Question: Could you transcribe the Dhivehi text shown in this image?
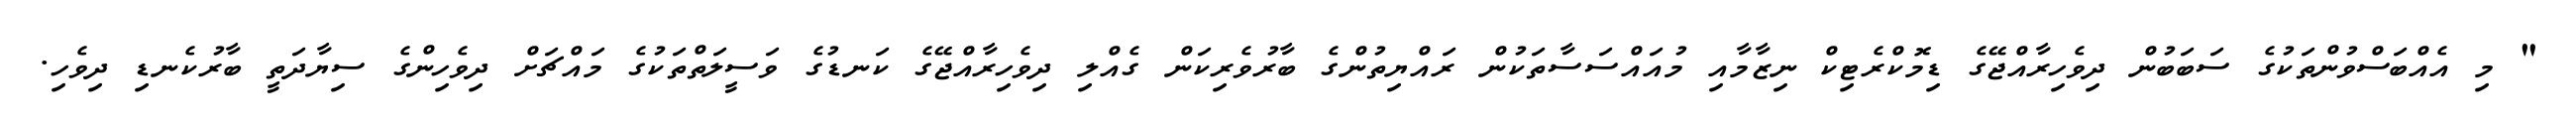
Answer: " މި އެއްބަސްވުންތަކުގެ ސަބަބުން ދިވެހިރާއްޖޭގެ ޑިމޮކްރެޓިކް ނިޒާމާއި މުއައްސަސާތަކުން ރައްޔިތުންގެ ބާރުވެރިކަން ގެއްލި ދިވެހިރާއްޖޭގެ ކަނޑުގެ ވަސީލަތްތަކުގެ މައްޗަށް ދިވެހިންގެ ސިޔާދަތީ ބާރުކެނޑި ދިވެހި.